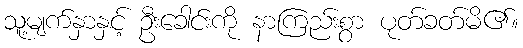
သူ့မျက်နှာနှင့် ဦးခေါင်းကို နာကြည်းစွာ ပုတ်ခတ်မိ၏။